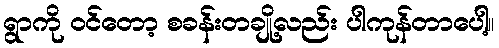
ရွာကို ဝင်တော့ စခန်းတချို့လည်း ပါကုန်တာပေါ့။